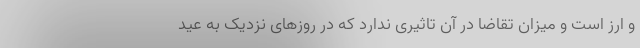
و ارز است و میزان تقاضا در آن تاثیری ندارد که در روزهای نزدیک به عید